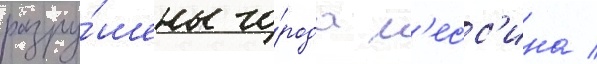
разру́шены го́рода м'есс'ина /